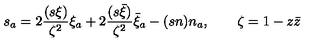
s _ { a } = 2 \frac { ( s \xi ) } { \zeta ^ { 2 } } \xi _ { a } + 2 \frac { ( s \bar { \xi } ) } { \zeta ^ { 2 } } \bar { \xi } _ { a } - ( s n ) n _ { a } , \qquad \zeta = 1 - z \bar { z }